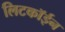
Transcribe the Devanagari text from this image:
लिटकॉईन